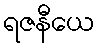
ရဇနီယေ